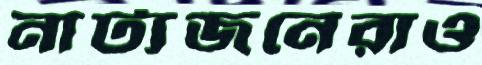
নাট্যজনেরাও